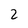
Character: 2